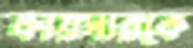
কায়সারকে